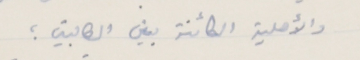
والأهلية الكائنة بين الطالبين ؛